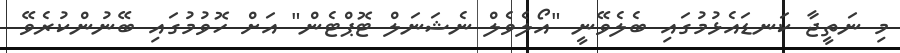
މި ނަތީޖާ ކަނޑައެޅުމުގައި ބެލެވޭނީ "އޯލެވެލް ނެޝަނަލް ޓޮޕްޓެން" އަށް ހޮވުމުގައި ބޭނުންކުރެވޭ